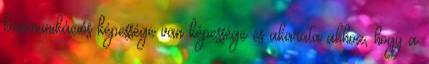
kommunikációs képessége van képessége és akarata ahhoz, hogy a